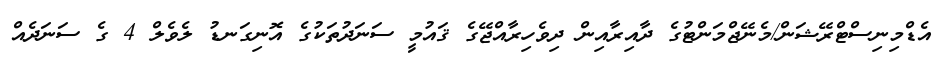
އެޑްމިނިސްޓްރޭޝަން/މެނޭޖްމަންޓުގެ ދާއިރާއިން ދިވެހިރާއްޖޭގެ ޤައުމީ ސަނަދުތަކުގެ އޮނިގަނޑު ލެވެލް 4 ގެ ސަނަދެއް